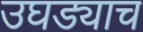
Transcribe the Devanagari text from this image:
उघड्याच